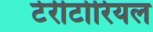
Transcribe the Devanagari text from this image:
टेरीटोरियल